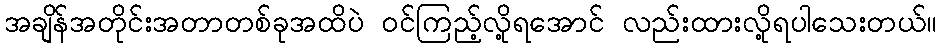
အချိန်အတိုင်းအတာတစ်ခုအထိပဲ ဝင်ကြည့်လို့ရအောင် လည်းထားလို့ရပါသေးတယ်။